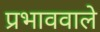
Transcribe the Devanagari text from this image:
प्रभाववाले